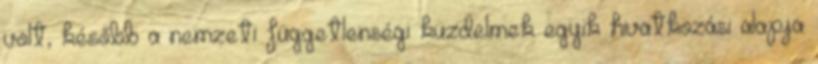
volt, később a nemzeti függetlenségi küzdelmek egyik hivatkozási alapja